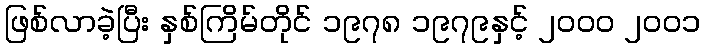
ဖြစ်လာခဲ့ပြီး နှစ်ကြိမ်တိုင် ၁၉၇၈ ၁၉၇၉နှင့် ၂၀၀၀ ၂၀၀၁